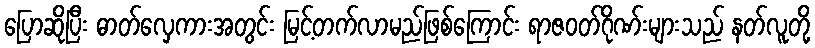
ပြောဆိုပြီး ဓာတ်လှေကားအတွင်း မြင့်တက်လာမည်ဖြစ်ကြောင်း ရာဇဝတ်ဂိုဏ်းများသည် နတ်လူတို့